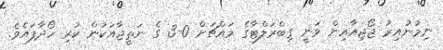
ނިމުނުއިރު ޖޯޖިއާއިން ވަނީ ގިބްރަލްޓާގެ މައްޗަށް 0-3 ގެ ނަތީޖާއަކުން ކުރި ހޯދާފައެވެ.